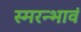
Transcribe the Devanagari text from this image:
स्मरन्भावं